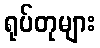
ရုပ်တုများ